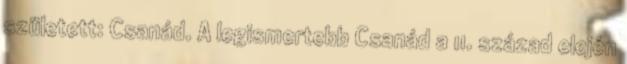
született: Csanád. A legismertebb Csanád a 11. század elején